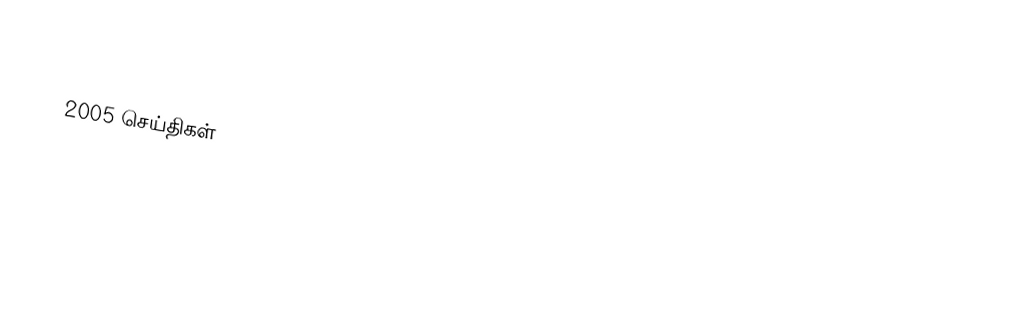

2005 செய்திகள்